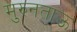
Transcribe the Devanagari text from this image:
मुरुनताऊ